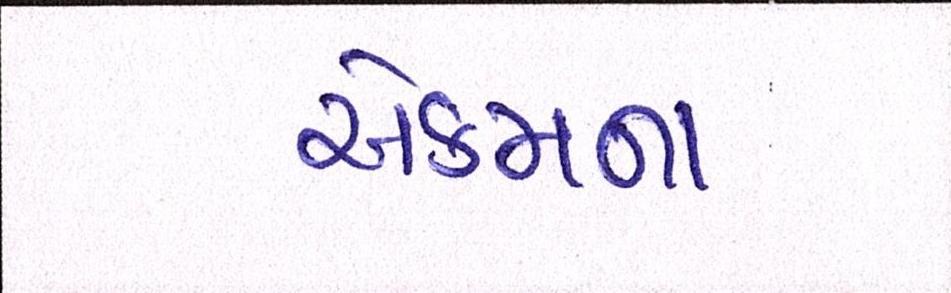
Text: એકમના